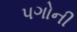
પગોની